Lunatic asylums in Bengal annual reports 1888-1898 - 1888-1898
Year: 1888
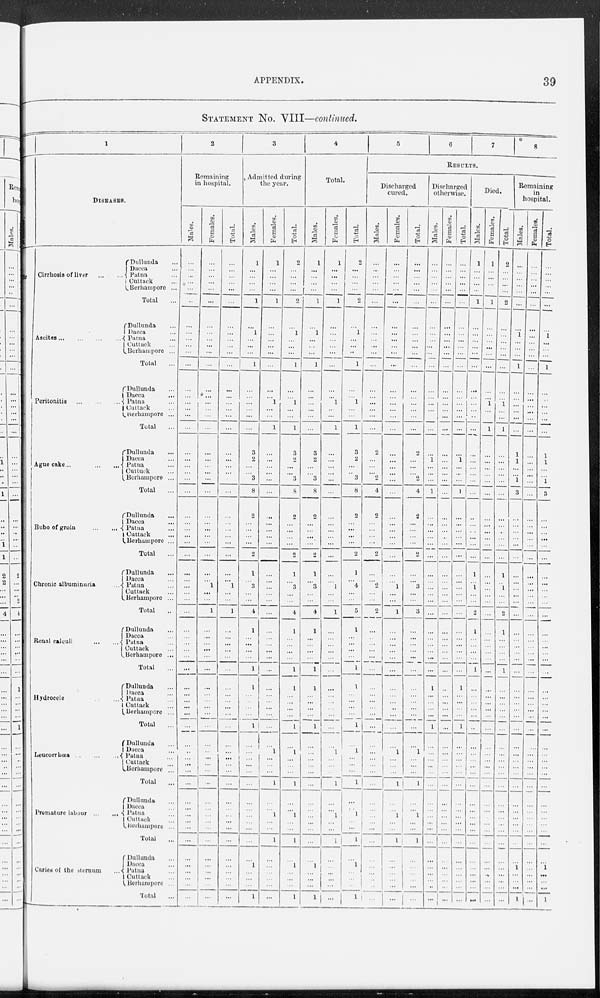
APPENDIX.
39
STATEMENT No. VIII—continued.
1
DISEASES.
Cirrhosis of liver
...
...
Dullunda ...
Dacca ...
Patna ...
Cuttack ...
Berhampore ...
Total ...
Ascites
...
...
...
Dullunda ...
Dacca ...
Patna ...
Cuttack ...
Berhampore ...
Total ...
Peritonitis
...
...
...
Dullunda ...
Dacca
...
Patna ...
Cuttack ...
Berhampore ...
Total ...
Ague cake ... ...
...
Dullunda ...
Dacca ...
Patna ...
Cuttuck ...
Berhampore ...
Total ...
Bubo of groin ...
...
Dullunda
...
Dacca ...
Patna ...
Cuttack ...
Berhampore ...
Total ...
Chronic albuminuria ...
Dullunda ...
Dacca ...
Patna ...
Cuttack ...
Berhampore ...
Total ...
Renal calculi
...
...
Dullunda ...
Dacca ...
Patna ...
Cuttack ...
Berhampore ...
Total ...
Hydrocele
Dullunda ...
Dacca ...
Patna ...
Cuttack ...
Berhampore ...
Total ...
Leucorrhœa
...
...
...
Dullunda ...
Dacca ...
Patna ...
Cuttack ...
Berhampore ...
Total ...
Premature labour ... ...
Dullunda ...
Dacca ...
Patna ...
Cuttack ...
Berhampore ...
Total ...
Caries of the sternum
Dullunda ...
Dacca ...
Patna ...
Cuttack ...
Berhampore ...
Total ...
2
Remaining
in hospital.
Males.
...
...
...
...
...
...
...
...
...
...
...
...
...
...
...
...
...
...
...
...
...
...
...
...
...
...
...
...
...
...
...
...
...
...
...
...
...
...
...
...
...
...
...
...
...
...
...
...
...
...
...
...
...
...
...
...
...
...
...
...
...
...
...
...
...
Females.
...
...
...
...
...
...
...
...
...
...
...
...
...
...
...
...
...
....
...
...
...
...
...
...
...
...
...
...
...
...
...
... 1
...
...
1
...
...
...
...
...
...
...
...
...
...
...
...
...
...
...
...
...
...
...
...
...
...
...
...
...
...
...
...
...
...
Total.
...
...
...
...
...
...
...
...
...
...
...
...
...
...
...
...
...
...
...
...
...
...
...
...
...
...
...
...
...
...
...
... 1
...
...
1
...
...
...
...
...
...
...
...
...
...
...
...
...
...
...
...
...
...
...
...
...
...
...
...
...
...
...
...
...
...
3
Admitted during
the year.
Males.
1
...
...
...
...
1
...
1
...
...
...
1
...
...
...
...
...
...
3
2
...
...
3
8
2
...
...
...
...
2
1
... 3
...
...
4
1
...
...
...
...
1
1
...
...
...
...
1
...
...
...
...
...
...
...
...
...
...
...
...
...
1
...
...
...
1
Females.
1
...
...
...
...
1
...
...
...
...
...
...
...
...
1
...
...
1
...
...
...
...
...
...
...
...
...
...
...
...
...
... ...
...
...
...
...
...
...
...
...
...
...
...
...
...
...
...
...
1
...
...
...
1
...
...
1
...
...
1
...
...
...
...
...
...
Total.
2
...
...
...
...
2
...
1
...
...
...
1
...
...
1
...
...
1
3
2
...
...
3
8
2
...
...
...
...
2
1
... 3
...
...
4
1
...
...
...
...
1
1
...
...
...
...
1
...
1
...
...
...
1
...
...
1
...
...
1
...
1
...
...
1
4
Total.
Males.
1
...
...
...
...
1 ...
1
...
...
...
1
...
...
...
...
...
...
3
2
...
...
3
8
2
...
...
...
...
2
1
... 3
...
...
4
1
...
...
...
...
1
1
...
...
...
...
1
...
...
...
...
...
...
...
...
...
...
...
...
...
1
...
...
...
1
Females.
1
...
...
...
...
1
...
...
...
...
...
...
...
...
1
...
...
1
...
...
...
...
...
...
...
...
...
...
...
...
...
... 1
...
...
1
...
...
...
...
...
...
...
...
...
...
...
...
...
1
...
...
...
1
...
...
1
...
...
1
...
...
...
...
...
...
Total.
2
...
...
...
...
2
...
1
...
...
...
1
...
...
1
...
...
1
3
2
...
...
3
8
2
...
...
...
...
2
1
... 4
...
...
5
1
...
...
...
...
1
1
...
...
...
...
1
...
1
...
...
...
1
...
...
1
...
...
1
...
1
...
...
...
1
5
6
7
8
RESULTS.
Discharged
cured.
Males.
...
...
...
...
...
...
...
...
...
...
...
...
...
...
...
...
...
...
2
...
...
...
2
4
2
...
...
...
...
2
...
...
2
...
...
2
...
...
...
...
...
...
...
...
...
...
...
...
...
...
...
...
...
...
...
...
...
...
...
...
...
...
...
...
...
...
Females.
...
...
...
...
...
...
...
...
...
...
...
...
...
...
...
...
...
...
...
...
...
...
...
...
...
...
...
...
...
...
...
... 1
...
...
1
...
...
...
...
...
...
...
...
...
...
...
...
...
1
...
...
...
1
...
...
1
...
...
1
...
...
...
...
...
...
Total.
...
...
...
...
...
...
...
...
...
...
...
...
...
...
...
...
...
...
2
...
...
...
2
4
2
...
...
...
...
2
...
... 3
...
...
3
...
...
...
...
...
...
...
...
...
...
...
...
...
1
...
...
...
1
...
...
1
...
...
1
...
...
...
...
...
...
Discharged
otherwise.
Males.
...
...
...
...
...
...
...
...
...
...
...
...
...
...
...
...
...
...
...
1
...
...
...
1
...
...
...
...
...
...
...
...
...
...
...
...
...
...
...
...
...
...
1
...
...
...
...
1
...
...
...
...
...
...
...
...
...
...
...
...
...
...
...
...
...
...
Females.
...
...
...
...
...
...
...
...
...
...
...
...
...
...
...
...
...
...
...
...
...
...
...
...
...
...
...
...
...
...
...
...
...
...
...
...
...
...
...
...
...
...
...
...
...
...
...
...
...
...
...
...
...
...
...
...
...
...
...
...
...
...
...
...
...
...
Total.
...
...
...
...
...
...
...
...
...
...
...
...
...
...
...
...
...
...
...
1
...
...
...
1
...
...
...
...
...
...
...
...
...
...
...
...
...
...
...
...
...
...
1
...
...
...
...
1
...
...
...
...
...
...
...
...
...
...
...
...
...
...
...
...
...
...
Died.
Males.
1
...
...
...
...
1
...
...
...
...
...
...
...
...
...
...
...
...
...
...
...
...
...
...
...
...
...
...
...
...
1
...
1
...
...
2
...
...
...
...
...
1
...
...
...
...
...
...
...
...
...
...
...
...
...
...
...
...
...
...
...
...
...
...
...
...
Females.
1
...
...
...
...
1
...
...
...
...
...
...
...
...
1
...
...
1
...
...
...
...
...
...
...
...
...
...
...
...
...
...
...
...
...
...
...
...
...
...
...
...
...
...
...
...
...
...
...
...
...
...
...
...
...
...
...
...
... ...
...
...
...
...
...
...
Total.
2
...
...
...
...
2
...
...
...
...
...
...
...
...
1
...
...
1
...
...
...
...
...
...
...
...
...
...
...
...
1
...
...
...
...
2
...
1
...
...
...
1
...
...
...
...
...
...
...
...
...
...
...
...
...
...
...
...
...
...
...
...
...
...
...
...
Remaining
in
hospital.
Males.
...
...
...
...
...
...
...
1
...
...
...
1
...
...
... ...
...
...
1
1
1
...
1
3
...
...
...
...
...
...
...
...
...
...
...
...
...
...
...
...
...
...
...
...
...
...
...
...
...
...
...
...
...
...
...
...
...
...
...
...
...
...
...
...
...
1
Females.
...
...
...
...
...
...
...
...
...
...
...
... ...
...
...
...
...
...
...
...
...
...
...
...
...
...
...
... ...
...
...
...
...
...
... ...
...
...
...
...
...
...
...
...
...
...
...
...
...
...
...
... ...
...
...
...
...
...
...
...
...
...
...
...
...
Total.
...
...
...
...
...
...
...
1
...
...
...
1
...
...
...
...
...
1
1
1
...
1
3
...
...
...
...
...
...
...
...
...
...
...
...
...
...
...
...
...
...
...
...
...
...
...
...
...
...
...
...
...
...
...
...
...
...
...
...
...
...
...
...
1